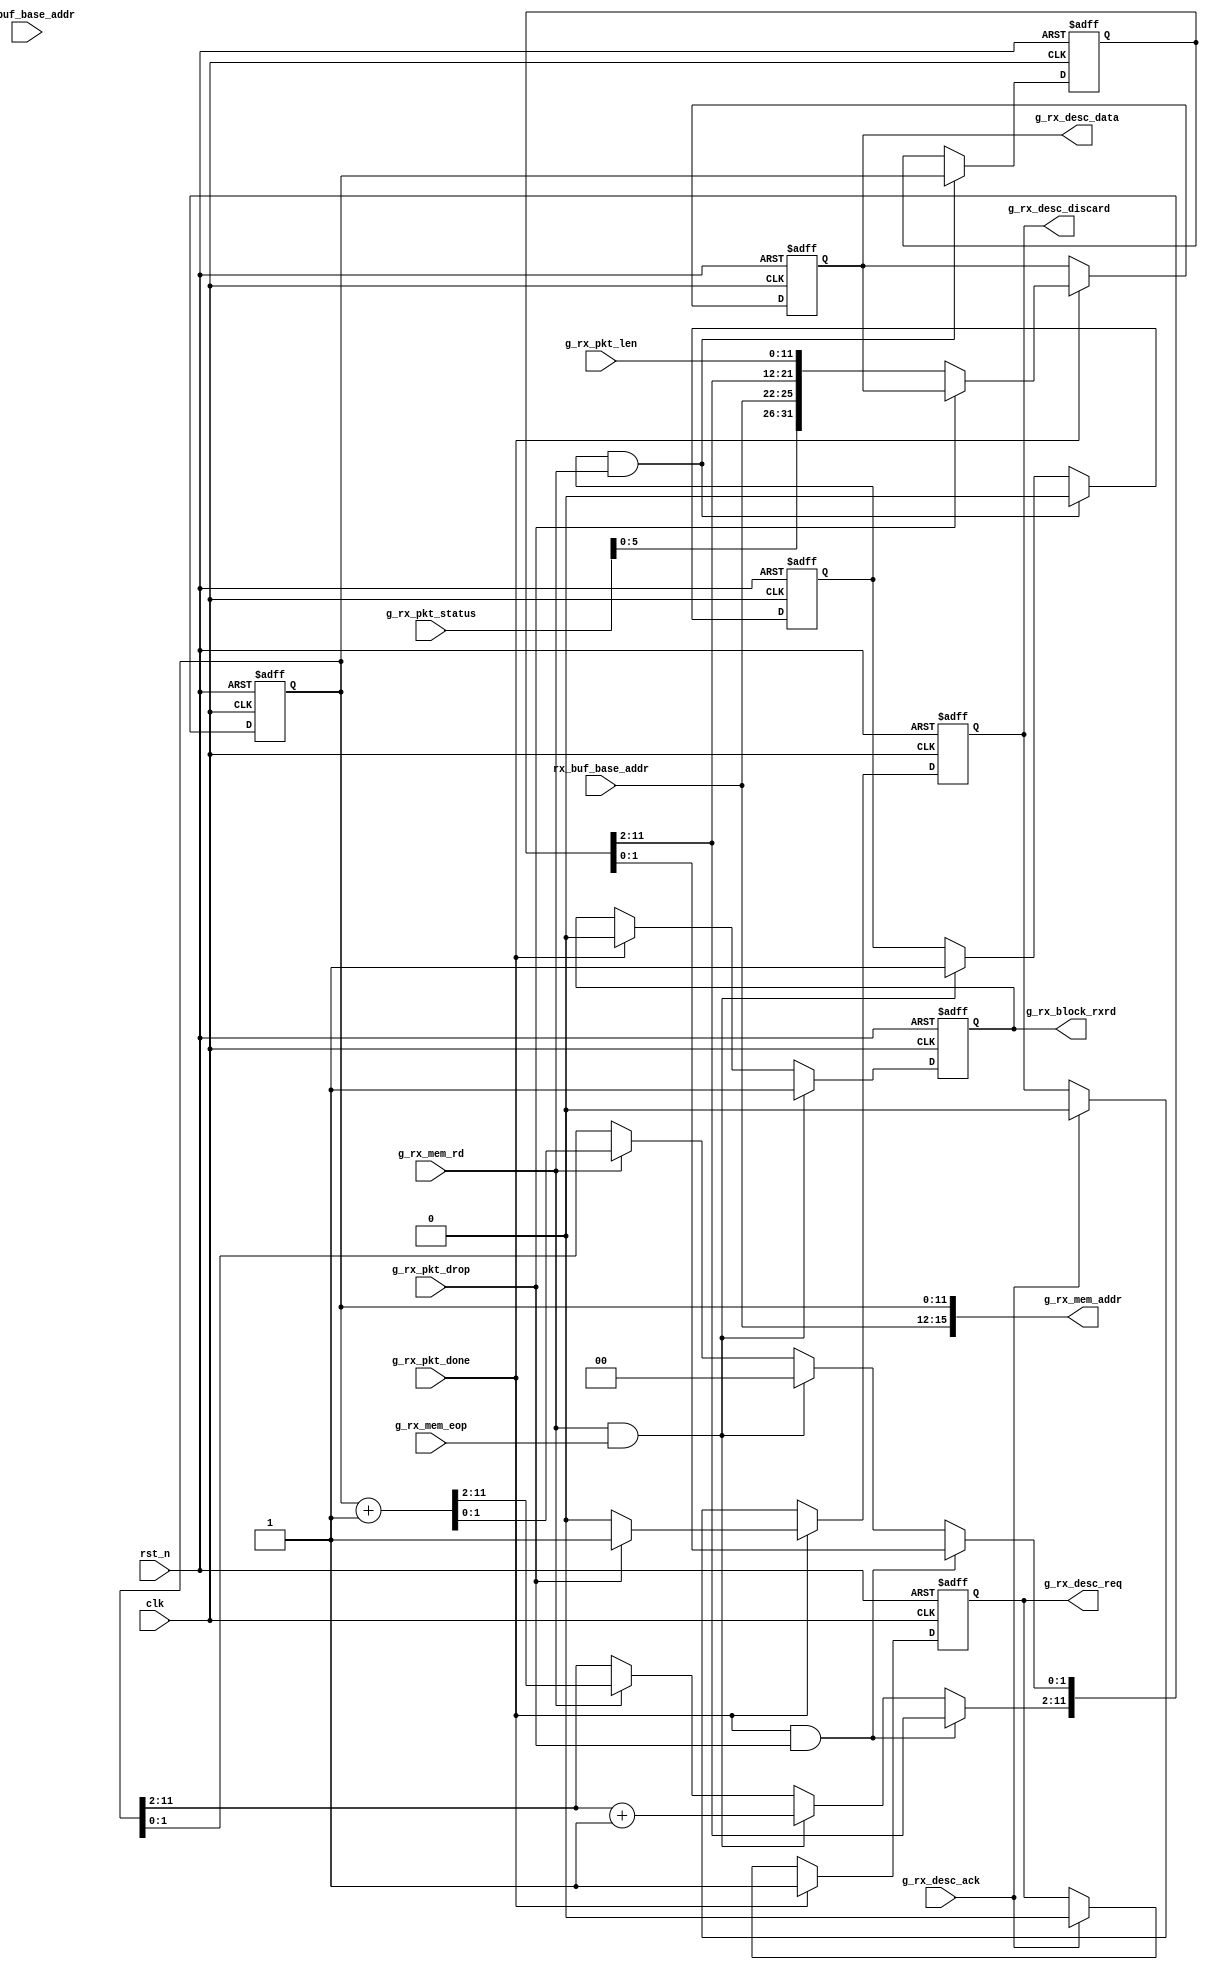
//////////////////////////////////////////////////////////////////////
////                                                              ////
////  Tubo 8051 cores Data Path controller                        ////
////                                                              ////
////  This file is part of the Turbo 8051 cores project           ////
////  http://www.opencores.org/cores/turbo8051/                   ////
////                                                              ////
////  Description                                                 ////
////  Turbo 8051 definitions.                                     ////
////                                                              ////
////  To Do:                                                      ////
////    nothing                                                   ////
////                                                              ////
////  Author(s):                                                  ////
////      - Dinesh Annayya, dinesha@opencores.org                 ////
////                                                              ////
//////////////////////////////////////////////////////////////////////
////                                                              ////
//// Copyright (C) 2000 Authors and OPENCORES.ORG                 ////
////                                                              ////
//// This source file may be used and distributed without         ////
//// restriction provided that this copyright statement is not    ////
//// removed from the file and that any derivative work contains  ////
//// the original copyright notice and the associated disclaimer. ////
////                                                              ////
//// This source file is free software; you can redistribute it   ////
//// and/or modify it under the terms of the GNU Lesser General   ////
//// Public License as published by the Free Software Foundation; ////
//// either version 2.1 of the License, or (at your option) any   ////
//// later version.                                               ////
////                                                              ////
//// This source is distributed in the hope that it will be       ////
//// useful, but WITHOUT ANY WARRANTY; without even the implied   ////
//// warranty of MERCHANTABILITY or FITNESS FOR A PARTICULAR      ////
//// PURPOSE.  See the GNU Lesser General Public License for more ////
//// details.                                                     ////
////                                                              ////
//// You should have received a copy of the GNU Lesser General    ////
//// Public License along with this source; if not, download it   ////
//// from http://www.opencores.org/lgpl.shtml                     ////
////                                                              ////
//////////////////////////////////////////////////////////////////////

module g_dpath_ctrl (
              rst_n               , 
              clk                 ,

              rx_buf_base_addr    ,
              tx_buf_base_addr    ,

    // gmac core to memory write interface
              g_rx_mem_rd         ,
              g_rx_mem_eop        ,
              g_rx_mem_addr       ,
              g_rx_block_rxrd     , 

       // descr handshake    
              g_rx_desc_req       ,
              g_rx_desc_discard   ,
              g_rx_desc_data      ,
              g_rx_desc_ack       ,

              g_rx_pkt_done       ,
              g_rx_pkt_len        ,
              g_rx_pkt_status     ,
              g_rx_pkt_drop       


      );


input         rst_n                 ; 
input         clk                   ;

input [3:0]   rx_buf_base_addr      ; // 8K Rx Base Address
input [3:0]   tx_buf_base_addr      ; // 8K tx Base Address

// gmac core to memory write interface
input         g_rx_mem_rd           ;
input         g_rx_mem_eop          ;
output [15:0] g_rx_mem_addr         ;
output        g_rx_block_rxrd       ; // Block Rx Read between EOP and PktDone

input         g_rx_pkt_done         ; // End of current Packet
input [11:0]  g_rx_pkt_len          ; // Packet Length 
input [15:0]  g_rx_pkt_status       ; // Packet Status
input         g_rx_pkt_drop         ; // Packet drop and rewind the pointer


//-----------------------------------
// Descriptor handshake
//----------------------------------
output        g_rx_desc_req         ; // rx desc request
output        g_rx_desc_discard     ; // rx desc discard indication
output [31:0] g_rx_desc_data        ; // rx desc data
input         g_rx_desc_ack         ; // rx desc ack


reg          g_rx_desc_req         ;
reg          g_rx_desc_discard     ; // rx desc discard indication
reg  [31:0]  g_rx_desc_data      ; // rx desc data

reg    [11:0] g_rx_mem_addr_int     ;

wire [15:0]   g_rx_mem_addr  = {rx_buf_base_addr,g_rx_mem_addr_int[11:0]};

 
reg         bStartFlag; // Indicate a SOP transaction, used for registering Start Address
reg         g_rx_block_rxrd; // Block Rx Read at the end of EOP and Enable on Packet Done
reg [11:0]  g_rx_saddr;
 
always @(negedge rst_n or posedge clk) begin
   if(rst_n == 0) begin
      g_rx_mem_addr_int <= 0;
      bStartFlag        <= 1;
      g_rx_block_rxrd   <= 0; 
      g_rx_saddr        <= 0;
      g_rx_desc_discard <= 0;
      g_rx_desc_data    <= 0;
      g_rx_desc_req     <= 0;
   end
   else begin
      if(bStartFlag && g_rx_mem_rd) begin
         g_rx_saddr   <= g_rx_mem_addr_int[11:0];
         bStartFlag   <= 0;
      end else if (g_rx_mem_rd && g_rx_mem_eop) begin
         bStartFlag   <= 1;
      end

      if(g_rx_mem_rd && g_rx_mem_eop)
         g_rx_block_rxrd   <= 1;
      else if(g_rx_pkt_done)
         g_rx_block_rxrd   <= 0;

      //-----------------------------
      // Finding the Frame Size
      //----------------------------
      if(g_rx_pkt_done && g_rx_pkt_drop) begin
         g_rx_mem_addr_int <= g_rx_saddr;
      end else if(g_rx_mem_rd && g_rx_mem_eop) begin
         // Realign to 32 bit boundary and add one free space at eop
         g_rx_mem_addr_int[1:0]  <= 0;
         g_rx_mem_addr_int[11:2] <= g_rx_mem_addr_int[11:2]+1;
      end else if(g_rx_mem_rd ) begin
         g_rx_mem_addr_int <= g_rx_mem_addr_int+1;
      end
      // Descriptor Request Generation
      if(g_rx_pkt_done) begin
          g_rx_desc_req   <= 1;
          if(g_rx_pkt_drop) begin
             g_rx_desc_discard <= 1;
          end else begin
             g_rx_desc_discard <= 0;
             g_rx_desc_data  <= {g_rx_pkt_status[5:0],rx_buf_base_addr[3:0],
                                 g_rx_saddr[11:2],g_rx_pkt_len[11:0]};
          end
      end
      else if (g_rx_desc_ack) begin
         g_rx_desc_req  <= 0;
         g_rx_desc_discard <= 0;
      end
   end
end


endmodule